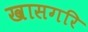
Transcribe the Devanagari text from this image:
खासगरि